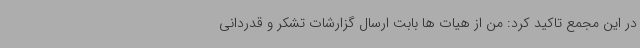
در این مجمع تاکید کرد: من از هیات ها بابت ارسال گزارشات تشکر و قدردانی